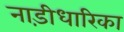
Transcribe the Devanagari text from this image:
नाड़ीधारिका